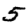
Digit: 5